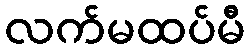
လက်မထပ်မီ